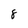
Character: 8